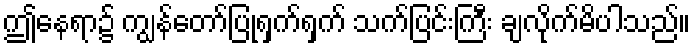
ဤနေရာ၌ ကျွန်တော်ပြုရှက်ရှက် သက်ပြင်းကြီး ချလိုက်မိပါသည်။